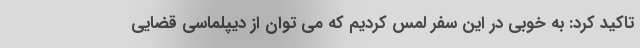
تاکید کرد: به خوبی در این سفر لمس کردیم که می توان از دیپلماسی قضایی